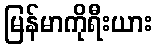
မြန်မာကိုရီးယား